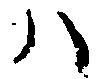
ハ